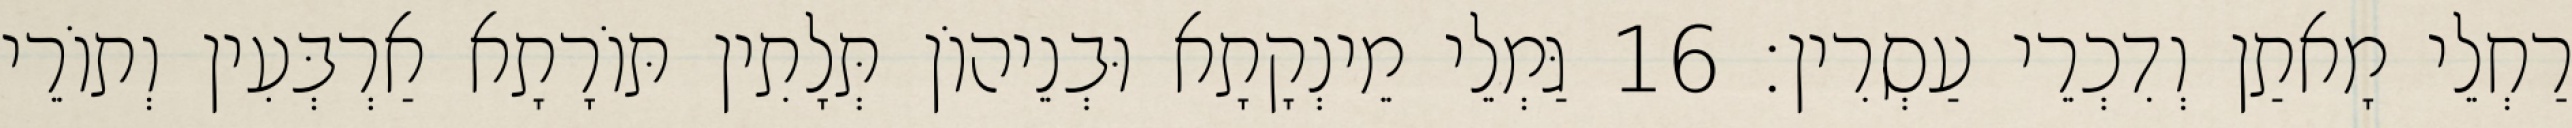
רַחְלֵי מָאתַן וְדִכְרֵי עַסְרִין׃ 16 גַּמְלֵי מֵינְקָתָא וּבְנֵיהוֹן תְּלָתִין תּוֹרָתָא אַרְבְּעִין וְתוֹרֵי